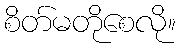
စိတ်မတိုစေလို။